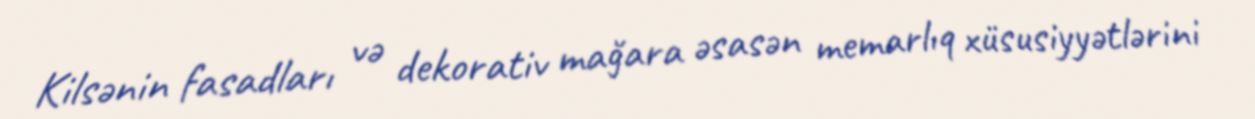
Kilsənin fasadları və dekorativ mağara əsasən memarlıq xüsusiyyətlərini